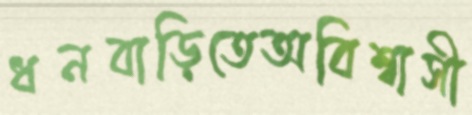
ধনবাড়িতেঅবিশ্বাসী